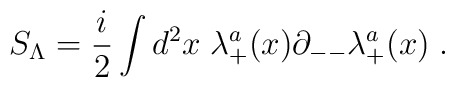
S_\Lambda = {i\over 2}\int d^2x \;\lambda^{a}_+(x)\partial_{--}\lambda^a_{+}(x)\; .